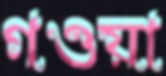
গওয়া